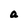
Character: a